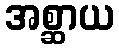
အစ္ဆာယ